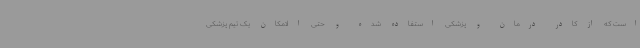
است که از کادر درمان و پزشکی استفاده شده و حتی الامکان یک تیم پزشکی